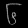
Digit: ၆